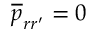
\overline { { p } } _ { r r ^ { \prime } } = 0